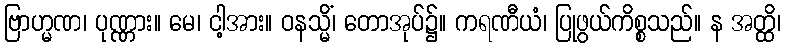
ဗြာဟ္မဏ၊ ပုဏ္ဏား။ မေ၊ ငါ့အား။ ဝနသ္မိံ၊ တောအုပ်၌။ ကရဏီယံ၊ ပြုဖွယ်ကိစ္စသည်။ န အတ္ထိ၊